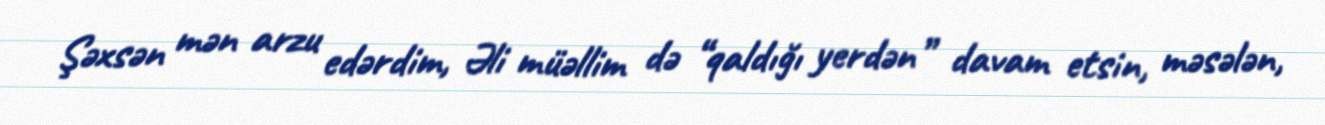
Şəxsən mən arzu edərdim, Əli müəllim də “qaldığı yerdən” davam etsin, məsələn,